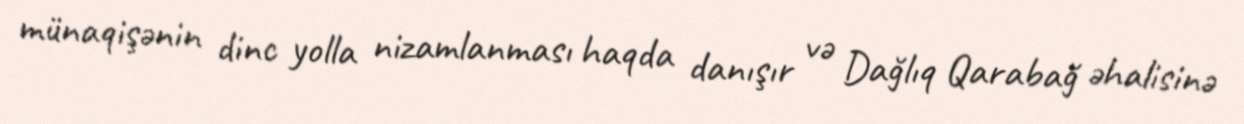
münaqişənin dinc yolla nizamlanması haqda danışır və Dağlıq Qarabağ əhalisinə